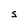
Character: S